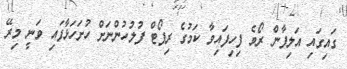
ގައިގައި އަލިފާން ރޯވެ ފިހިފައިވާ ކަމުގެ ރިޕޯޓް ފުލުހުންނަށް ހުށަހަޅާފައި ވަނީ މިރޭ